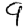
Digit: 9